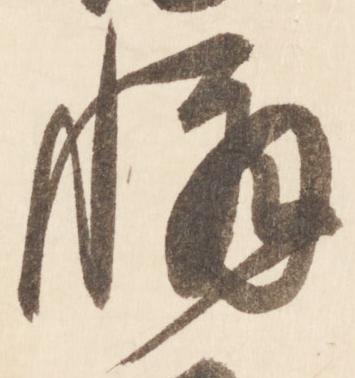
懈